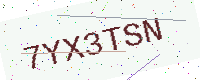
Text: 7YX3TSN